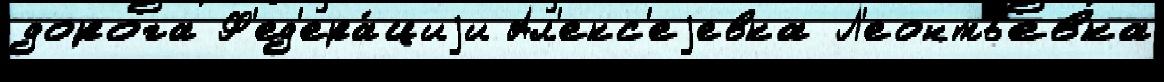
дорога Ф'ед'ера́циjи Ал'екс'еjевка Л'еонтьевка